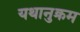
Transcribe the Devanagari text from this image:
यथानुक्रम